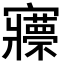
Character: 𡬇